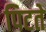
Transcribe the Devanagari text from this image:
पिटते